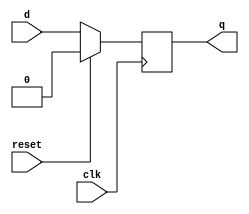

module flop
#(parameter Bits=1)
(
  input clk,
  input reset,
  input [Bits-1:0] d,
  output reg [Bits-1:0] q
);

always @(posedge clk) begin
  if (reset)
    q <= 0;
  else
    q <= d;
end

endmodule